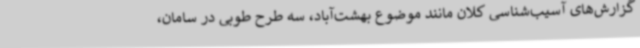
گزارش‌های آسیب‌شناسی کلان مانند موضوع بهشت‌آباد، سه طرح طوبی در سامان،